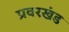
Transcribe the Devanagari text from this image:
प्रवरखंड